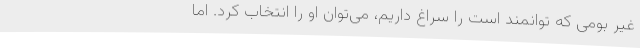
غیر بومی که توانمند است را سراغ داریم، می‌توان او را انتخاب کرد. اما